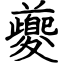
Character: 夔